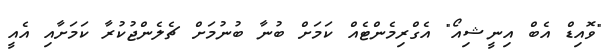
"ވޮއިޑް އެބް އިނީޝިއޯ" އެގްރިމެންޓެއް ކަމަށް ބުނާ ބުނުމަށް ޗެލެންޖުކުރާ ކަމަށާއި އެއީ